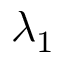
\lambda _ { 1 }